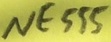
Text: NE555